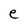
Character: e